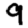
Digit: 9